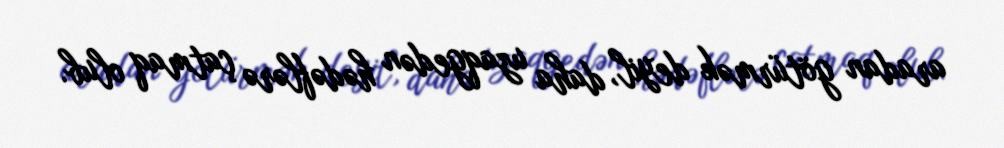
aradan götürmək deyil, daha uzaqgedən hədəflərə çatmaq olub.